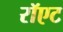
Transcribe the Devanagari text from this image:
रॉएट